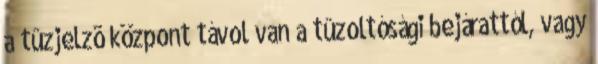
a tûzjelzõ központ távol van a tûzoltósági bejárattól, vagy